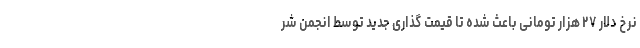
نرخ دلار ۲۷ هزار تومانی باعث شده تا قیمت گذاری جدید توسط انجمن شر